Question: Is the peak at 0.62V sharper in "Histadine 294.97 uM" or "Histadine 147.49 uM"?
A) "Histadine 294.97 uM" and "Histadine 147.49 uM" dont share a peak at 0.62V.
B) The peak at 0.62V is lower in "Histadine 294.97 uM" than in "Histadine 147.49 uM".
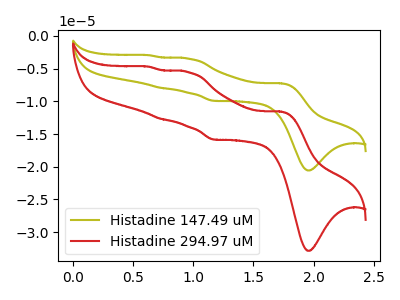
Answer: <think>The olive curve "Histadine 147.49 uM" has anodic peaks at (1.75V, -7.25uA) (0.95V, -3.45uA) (0.75V, -7.95uA) (0.60V, -2.95uA) and cathodic peaks at (1.95V, -20.55uA) (1.15V, -9.95uA). The red curve "Histadine 294.97 uM" has anodic peaks at (1.75V, -11.55uA) (0.95V, -5.55uA) (0.75V, -12.70uA) (0.60V, -4.70uA) and cathodic peaks at (1.95V, -32.85uA) (1.15V, -15.85uA).</think>
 <answer>B) The peak at 0.62V is lower in "Histadine 294.97 uM" than in "Histadine 147.49 uM".</answer>
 <eval>B</eval>